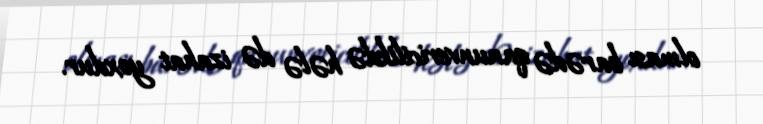
olması barədə qanunvericilikdə hələ də izahat yoxdur.